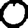
Digit: 0